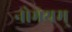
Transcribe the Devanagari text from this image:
नोभयम्